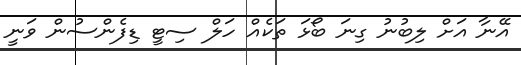
އޭނާ އަށް ލިބުނު ގިނަ ބޯޅަ ތަކެއް ހަލް ސިޓީ ޑިފެންސުން ވަނީ